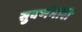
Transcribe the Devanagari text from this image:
सुवर्णगौरी